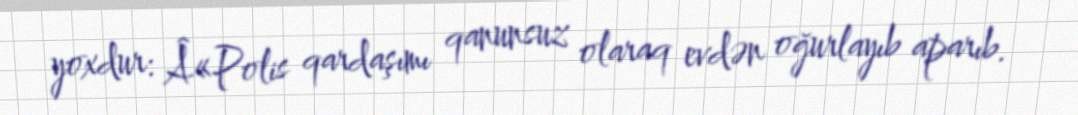
yoxdur: Â«Polis qardaşımı qanunsuz olaraq evdən oğurlayıb aparıb.